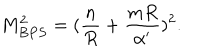
M _ { B P S } ^ { 2 } = ( { \frac { n } { R } } + { \frac { m R } { \alpha ^ { \prime } } } ) ^ { 2 } .